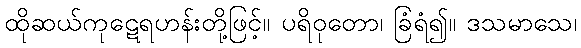
ထိုဆယ်ကုဋေရဟန်းတို့ဖြင့်။ ပရိဝုတော၊ ခြံရံ၍။ ဒသမာသေ၊